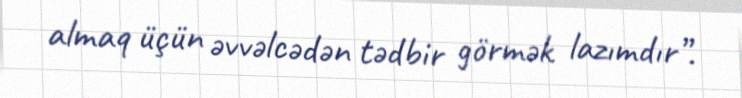
almaq üçün əvvəlcədən tədbir görmək lazımdır”.